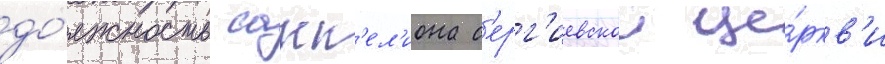
до́лжность сакк'ел'иона с'ерг'иевскои це́ркв'и